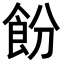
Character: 𬲍